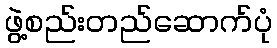
ဖွဲ့စည်းတည်ဆောက်ပုံ